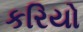
કરિયો